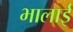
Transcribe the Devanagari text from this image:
भालाई